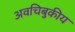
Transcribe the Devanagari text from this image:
अवचिबुकीय